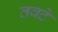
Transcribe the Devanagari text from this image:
तवटे